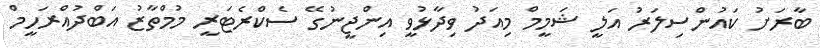
ބާރަށު ކައުންސިލަރު އަލީ ޝަމީމް މިއަދު ވިދާޅުވީ އިންޖީނުގޭ ސެކްރެޓަރީ މުމްތާޒު އަބްދުއްރަހީމް